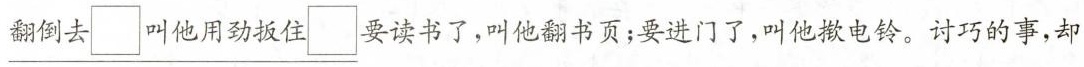
\underline{翻倒去 \Box 叫他用劲扳住 \Box }要读书了，叫他翻书页；要进门了，叫他揿电铃。讨巧的事，却